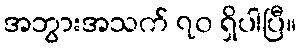
အဘွားအသက် ၇၀ ရှိပါပြီ။